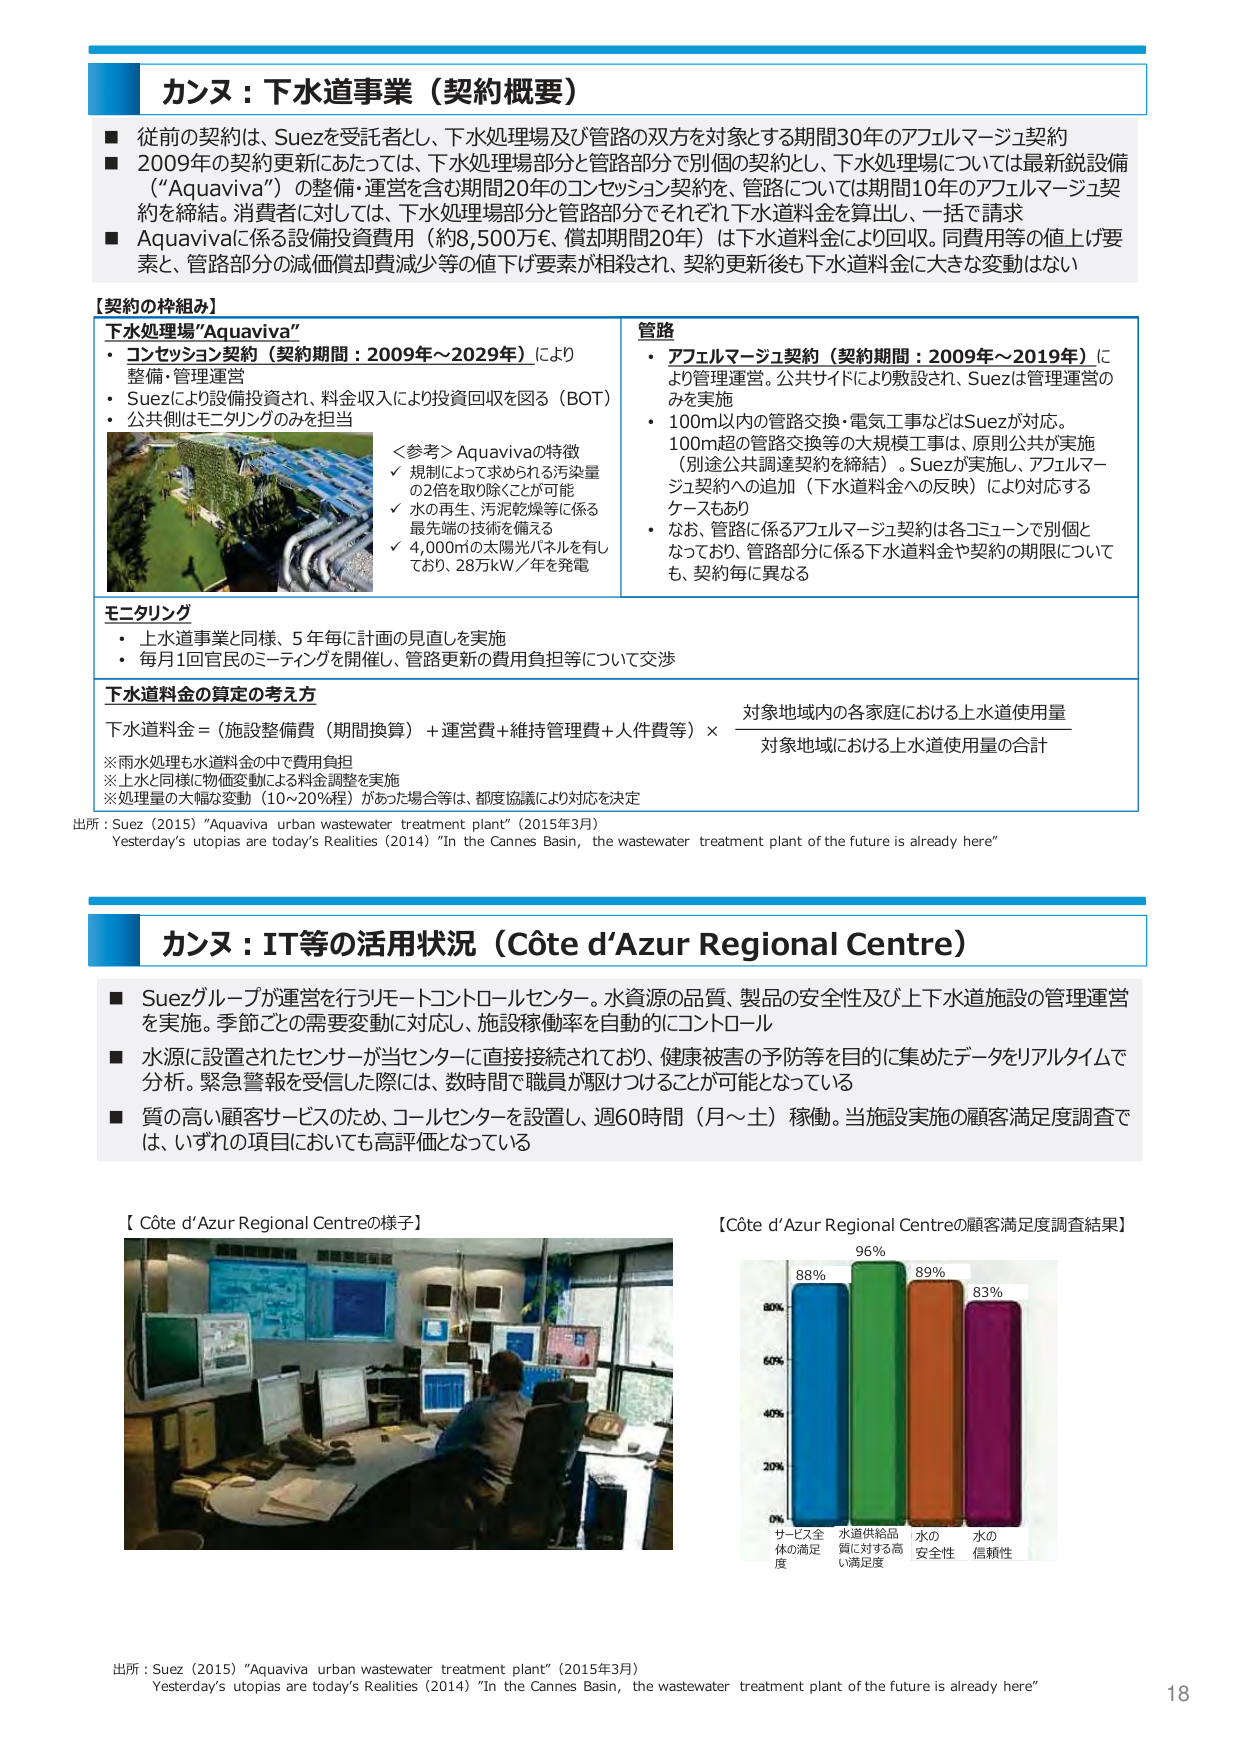
カンヌ：下水道事業（契約概要）

■ 従前の契約は、Suezを受託者とし、下水処理場及び管路の双方を対象とする期間30年のアフェルマージュ契約
■ 2009年の契約更新にあたっては、下水処理場部分と管路部分で個別の契約とし、下水処理場部分については最新鋭設備（“Aquaviva”）の整備・運営を含む期間20年のコンセッション契約を、管路については期間10年のアフェルマージュ契約を締結。消費者に対しては、下水処理場部分と管路部分でそれぞれ下水道料金を算出し、一括で請求
■ Aquavivaに係る設備投資費用（約8,500万€、償却期間20年）は下水道料金により回収。同費用等の値上げ要素と、管路部分の減価償却費減少等の値下げ要素が相殺され、契約更新後も下水道料金に大きな変動はない

【契約の枠組み】

下水処理場“Aquaviva”
・ コンセッション契約（契約期間：2009年～2029年）により整備・管理運営
・ Suezにより設備投資され、料金収入により投資回収を図る（BOT）
・ 公共側はモニタリングのみを担当

＜参考＞Aquavivaの特徴
✓ 規制によって求められる汚染量の2倍を取り除くことが可能
✓ 水の再生、汚泥乾燥等に係る最先端の技術を備える
✓ 4,000㎡の太陽光パネルを有しており、28万kW／年を発電

管路
・ アフェルマージュ契約（契約期間：2009年～2019年）により管理運営。公共サイドにより敷設され、Suezは管理運営のみを実施
・ 100m以内の管路交換・電気工事などはSuezが対応。
100m超の管路交換等の大規模工事は、原則公共が実施（別途公共調達契約を締結）。Suezが実施し、アフェルマージュ契約への追加（下水道料金への反映）により対応するケースもあり
・ なお、管路に係るアフェルマージュ契約は各コミューンで個別となっており、管路部分に係る下水道料金や契約の期限についても、契約毎に異なる

モニタリング
・ 上水道事業と同様、5年毎に計画の見直しを実施
・ 毎月1回官民のミーティングを開催し、管路更新の費用負担等について交渉

下水道料金の算定の考え方
下水道料金 = （施設整備費（期間換算）＋運営費＋維持管理費＋人件費等） × 対象地域内の各家庭における上水道使用量 / 対象地域における上水道使用量の合計

※雨水処理も水道料金の中で費用負担
※上水と同様に物価変動による料金調整を実施
※処理量の大幅な変動（10～20%程）があった場合等は、都度協議により対応を決定

出所：Suez（2015）“Aquaviva urban wastewater treatment plant”（2015年3月）
Yesterday’s utopias are today’s Realities（2014）“In the Cannes Basin, the wastewater treatment plant of the future is already here”

カンヌ：IT等の活用状況（Côte d’Azur Regional Centre）

■ Suezグループが運営を行うモニトコントロールセンター。水資源の品質、製品の安全性及び上下水道施設の管理運営を実施。季節ごとの需要変動に対応し、施設稼働率を自動的にコントロール
■ 水源に設置されたセンサーが当センターに直接接続されており、健康被害の予防等を目的に集めたデータをリアルタイムで分析。緊急警報を受信した際には、数時間で職員が駆けつけることが可能となっている
■ 質の高い顧客サービスのため、コールセンターを設置し、週60時間（月～土）稼働。当施設実施の顧客満足度調査では、いずれの項目においても高評価となっている

【Côte d’Azur Regional Centreの様子】

【Côte d’Azur Regional Centreの顧客満足度調査結果】

88% 96% 89% 83%
サービス全体の満足度 水道供給品質に対する高い満足度 水の安全性 水の信頼性

出所：Suez（2015）“Aquaviva urban wastewater treatment plant”（2015年3月）
Yesterday’s utopias are today’s Realities（2014）“In the Cannes Basin, the wastewater treatment plant of the future is already here”

18